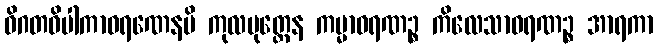
ဝိဂတဝိပါကာဝရဏေနပိ ကုလပုတ္တေန ကမ္မာဝရဏဉ္စ ကိလေသာဝရဏဉ္စ အာရကာ